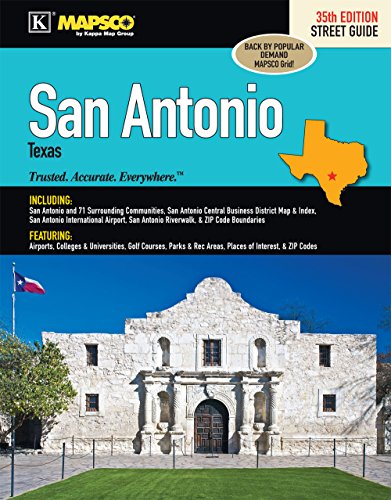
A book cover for San Antonio, TX Street Guide; Kappa Map Group; Travel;